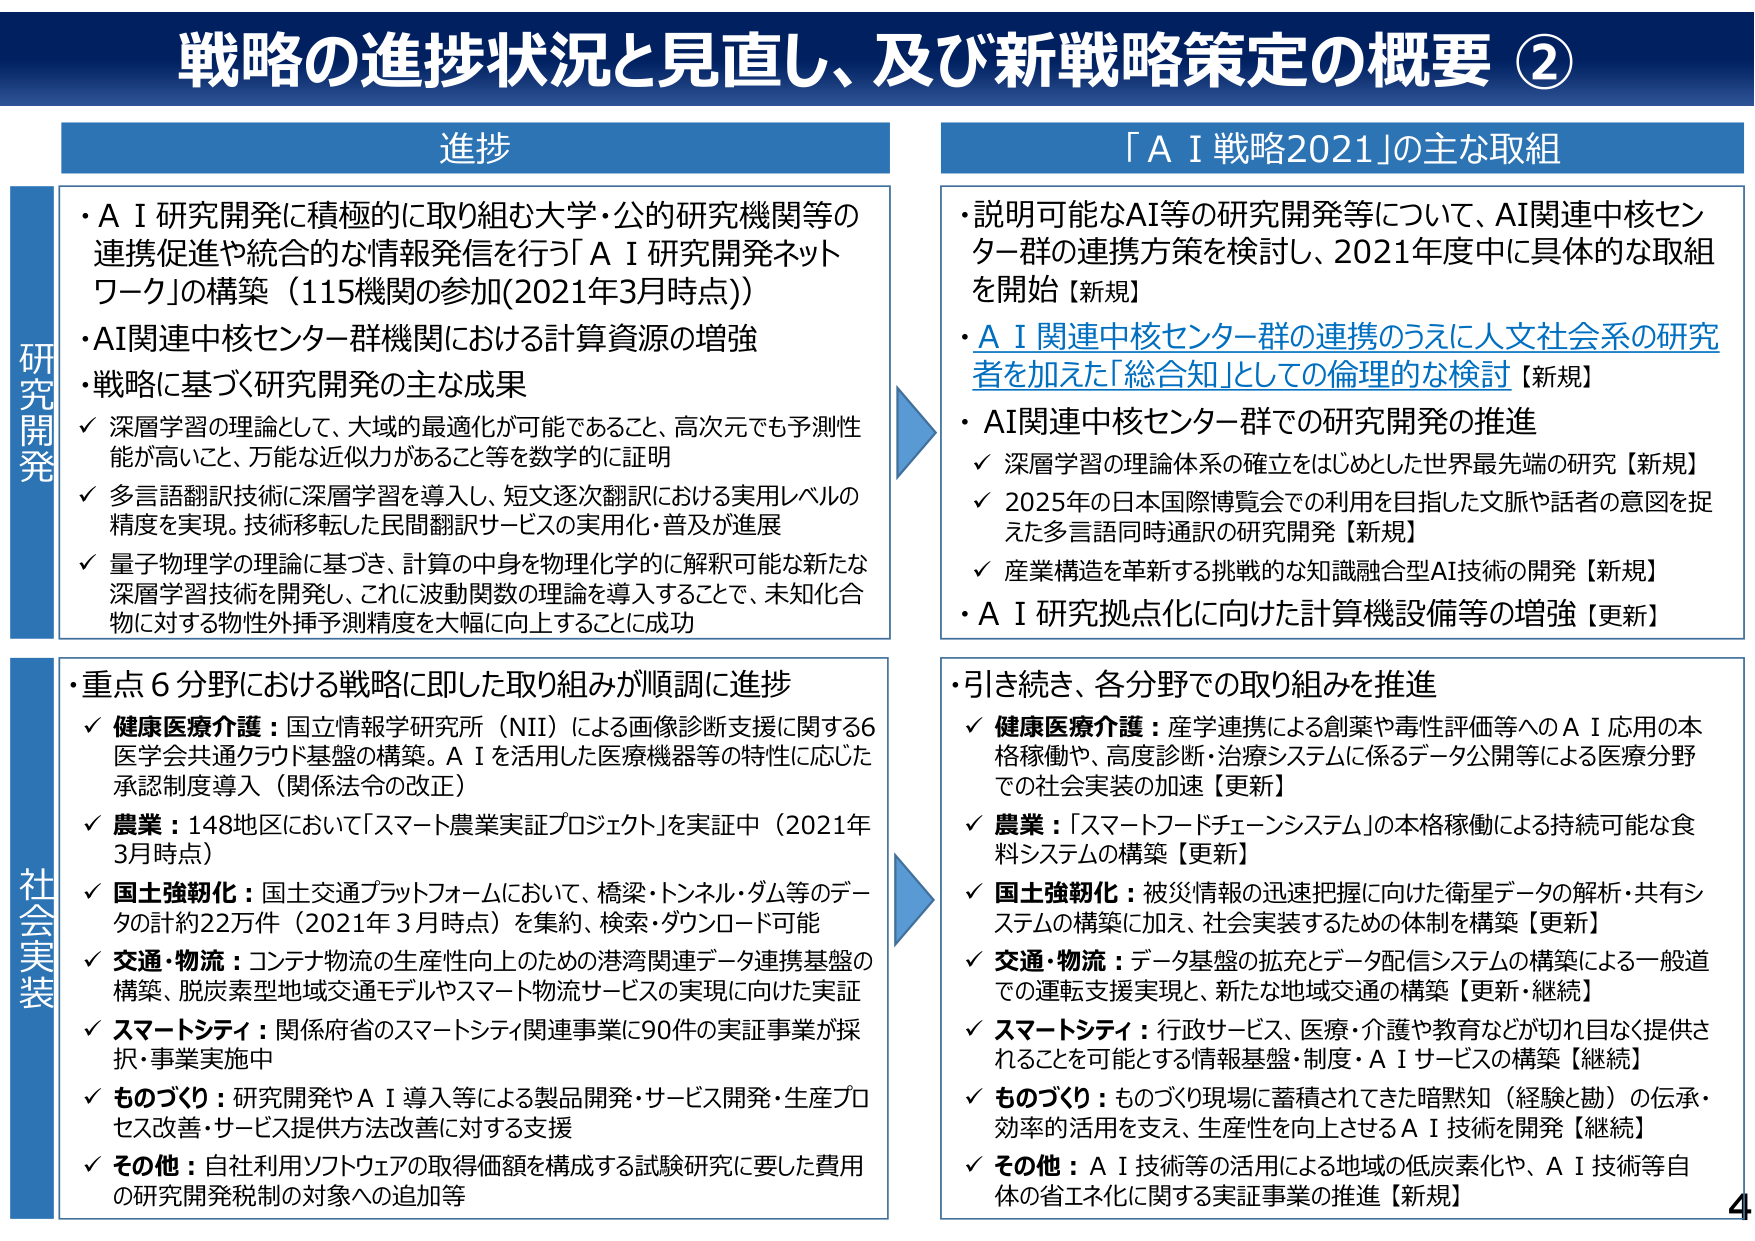
戦略の進捗状況と見直し、及び新戦略策定の概要 ②

進捗

研究開発
・ＡＩ研究開発に積極的に取り組む大学・公的研究機関等の連携促進や統合的な情報発信を行う「ＡＩ研究開発ネットワーク」の構築（115機関の参加(2021年3月時点)）
・AI関連中核センター群機関における計算資源の増強
・戦略に基づく研究開発の主な成果
　✓ 深層学習の理論として、大域的最適化が可能であること、高次元でも予測性能が高いこと、万能な近似力があること等を数学的に証明
　✓ 多言語翻訳技術に深層学習を導入し、短文逐次翻訳における実用レベルの精度を実現。技術移転した民間翻訳サービスの実用化・普及が進展
　✓ 量子物理学の理論に基づき、計算の中身を物理化学的に解釈可能な新たな深層学習技術を開発し、これに波動関数の理論を導入することで、未知化合物に対する物性外挿予測精度を大幅に向上することに成功

「ＡＩ戦略2021」の主な取組
・説明可能なAI等の研究開発等について、AI関連中核センター群の連携方策を検討し、2021年度中に具体的な取組を開始【新規】
・ＡＩ関連中核センター群の連携のうえに人文社会系の研究者を加えた「総合知」としての倫理的な検討【新規】
・AI関連中核センター群での研究開発の推進
　✓ 深層学習の理論体系の確立をはじめとした世界最先端の研究【新規】
　✓ 2025年の日本国際博覧会での利用を目指した文脈や話者の意図を捉えた多言語同時通訳の研究開発【新規】
　✓ 産業構造を革新する挑戦的な知識融合型AI技術の開発【新規】
・ＡＩ研究拠点化に向けた計算機設備等の増強【更新】

社会実装
・重点６分野における戦略に即した取り組みが順調に進捗
　✓ 健康医療介護：国立情報学研究所（NII）による画像診断支援に関する6医学会共通クラウド基盤の構築。ＡＩを活用した医療機器等の特性に応じた承認制度導入（関係法令の改正）
　✓ 農業：148地区において「スマート農業実証プロジェクト」を実証中（2021年3月時点）
　✓ 国土強靭化：国土交通プラットフォームにおいて、橋梁・トンネル・ダム等のデータの計約22万件（2021年3月時点）を集約、検索・ダウンロード可能
　✓ 交通・物流：コンテナ物流の生産性向上のための港湾関連データ連携基盤の構築、脱炭素型地域交通モデルやスマート物流サービスの実現に向けた実証
　✓ スマートシティ：関係府省のスマートシティ関連事業に90件の実証事業が採択・事業実施中
　✓ ものづくり：研究開発やＡＩ導入等による製品開発・サービス開発・生産プロセス改善・サービス提供方法改善に対する支援
　✓ その他：自社利用ソフトウェアの取得価額を構成する試験研究に要した費用の研究開発税制の対象への追加等

・引き続き、各分野での取り組みを推進
　✓ 健康医療介護：産学連携による創薬や毒性評価等へのＡＩ応用の本格稼働や、高度診断・治療システムに係るデータ公開等による医療分野での社会実装の加速【更新】
　✓ 農業：「スマートフードチェーンシステム」の本格稼働による持続可能な食料システムの構築【更新】
　✓ 国土強靭化：被災情報の迅速把握に向けた衛星データの解析・共有システムの構築に加え、社会実装するための体制を構築【更新】
　✓ 交通・物流：データ基盤の拡充とデータ配信システムの構築による一般道での運転支援実現と、新たな地域交通の構築【更新・継続】
　✓ スマートシティ：行政サービス、医療・介護や教育などが切れ目なく提供されることを可能とする情報基盤・制度・ＡＩサービスの構築【継続】
　✓ ものづくり：ものづくり現場に蓄積されてきた暗黙知（経験と勘）の伝承・効率的活用を支え、生産性を向上させるＡＩ技術を開発【継続】
　✓ その他：ＡＩ技術等の活用による地域の低炭素化や、ＡＩ技術等自体の省エネ化に関する実証事業の推進【新規】

4